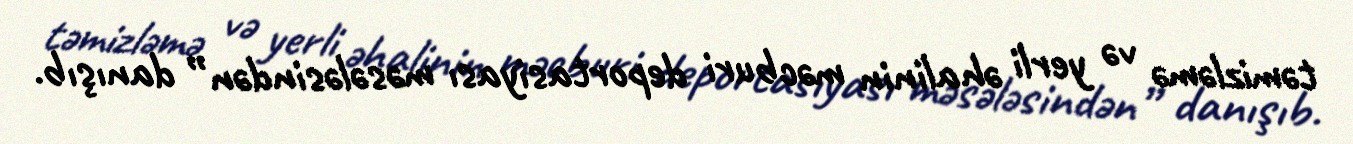
təmizləmə və yerli əhalinin məcburi deportasiyası məsələsindən” danışıb.